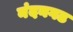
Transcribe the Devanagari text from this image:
नंदनगढ